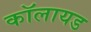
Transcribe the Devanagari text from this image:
कॉलायड